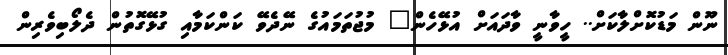
ނޫން މަޑުކޮށްލާކަށް.. ހީވާނީ ވާދައަށް އުޅޭހެން" މުޖުތަމައުގެ ނޭދެވޭ ކަންކަމާއި ގުޅޭގޮތުން ދެލޯބިވެރިން